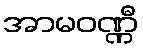
အာမဝဏ္ဏီ